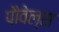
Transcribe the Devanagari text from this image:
पौवेल्स